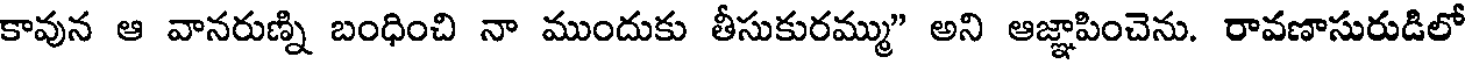
కావున ఆ వానరుణ్ని బంధించి నా ముందుకు తీసుకురమ్ము" అని ఆజ్ఞాపించెను. రావణాసురుడిలో